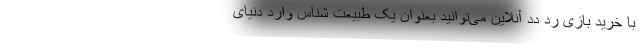
با خرید بازی رد دد آنلاین می‌توانید بعنوان یک طبیعت شناس وارد دنیای